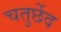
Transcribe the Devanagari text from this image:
चतुर्छेद